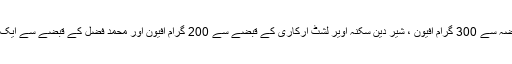
جبکہ تھانہ ارکاری کے حدود میں منشیات فروش گل فانی سکنہ اویر ارکاری کے قبضہ سے 300 گرام افیون ، شیر دین سکنہ اویر لشٹ ارکاری کے قبضے سے 200 گرام افیون اور محمد فضل کے قبضے سے ایک ضرب بارہ بور بندوق برآمد تما م ملزمان کو گرفتار کر کے مزید تفتیش جاری ہے ۔